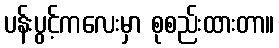
ပန်းပွင့်ကလေးမှာ စုစည်းထားတာ။